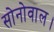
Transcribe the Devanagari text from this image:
सोनोवाल।